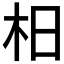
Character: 𣏬